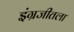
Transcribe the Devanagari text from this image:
इंग्रजीतला